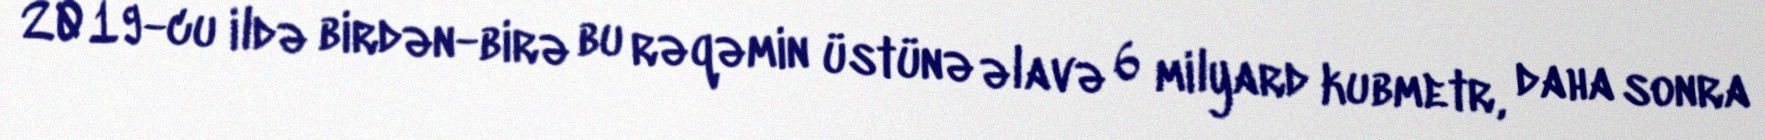
2019-cu ildə birdən-birə bu rəqəmin üstünə əlavə 6 milyard kubmetr, daha sonra